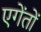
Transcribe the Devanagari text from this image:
एगेंतों